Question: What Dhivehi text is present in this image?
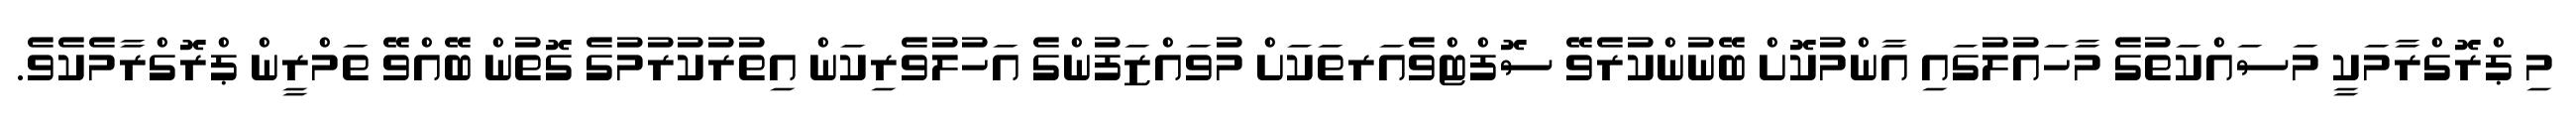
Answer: މި ޕްރޮގްރާމަކީ މަސައްކަތުގެ މާހައުލުގައި އާންމުކޮށް ބޭނުންކުރެވޭ ސޮފްޓްވެއަރތަކަށް މުވައްޒަފުންގެ އަހުލުވެރިކަން އިތުރުކުރުމުގެ ގޮތުން ބޭއްވޭ ތަމްރީން ޕްރޮގްރާމެކެވެ.